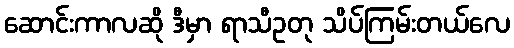
ဆောင်းကာလဆို ဒီမှာ ရာသီဥတု သိပ်ကြမ်းတယ်လေ